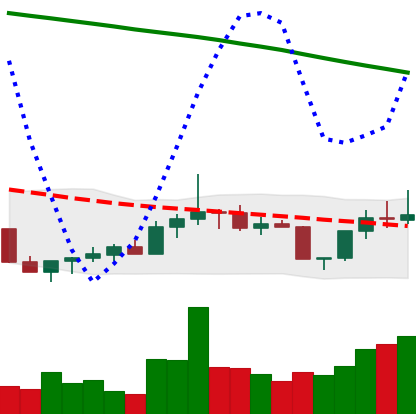
Ticker: DOGE-USD
Chart end date: 2022-07-30
Forward return: -3.284%
Label: down_3_5